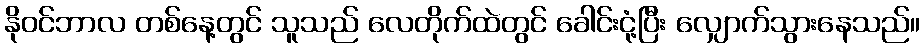
နိုဝင်ဘာလ တစ်နေ့တွင် သူသည် လေတိုက်ထဲတွင် ခေါင်းငုံ့ပြီး လျှောက်သွားနေသည်။